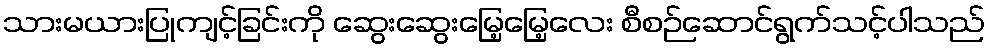
သားမယားပြုကျင့်ခြင်းကို ဆွေးဆွေးမြေ့မြေ့လေး စီစဉ်ဆောင်ရွက်သင့်ပါသည်